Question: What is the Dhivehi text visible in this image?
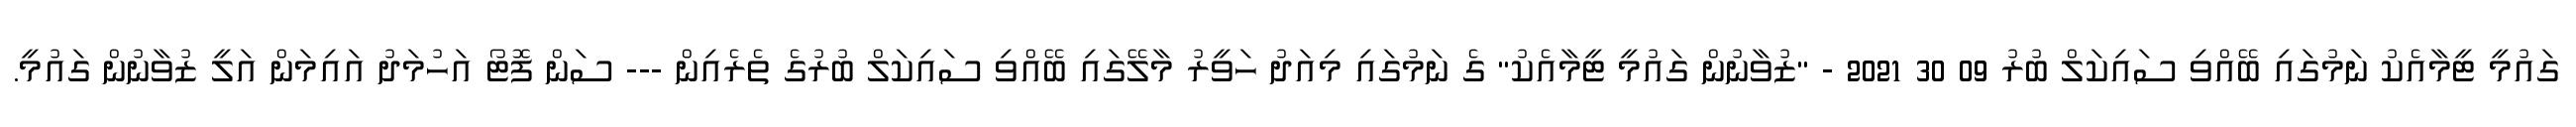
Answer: ގައުމީ ޓީމާއެކު ނަމުގައި ބޭއްވި ސައިކަލް ބުރު 09 30 2021 - "ޒުވާނުން ގައުމީ ޓީމާއެކު" ގެ ނަމުގައި މިއަދު ހަވީރު މާލޭގައި ބޭއްވި ސައިކަލް ބުރުގެ ތެރެއިން --- ސަން ފޮޓޯ އަހުމަދު އައިމަން އަލީ ޒުވާނުން ގައުމީ.